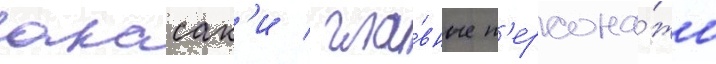
акасак'и / гла́вные п'ерсона́жи